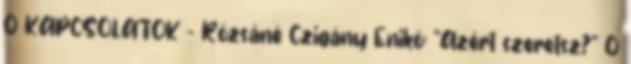
0 KAPCSOLATOK – Rózsáné Czigány Enikő: “Azért szeretsz?” 0